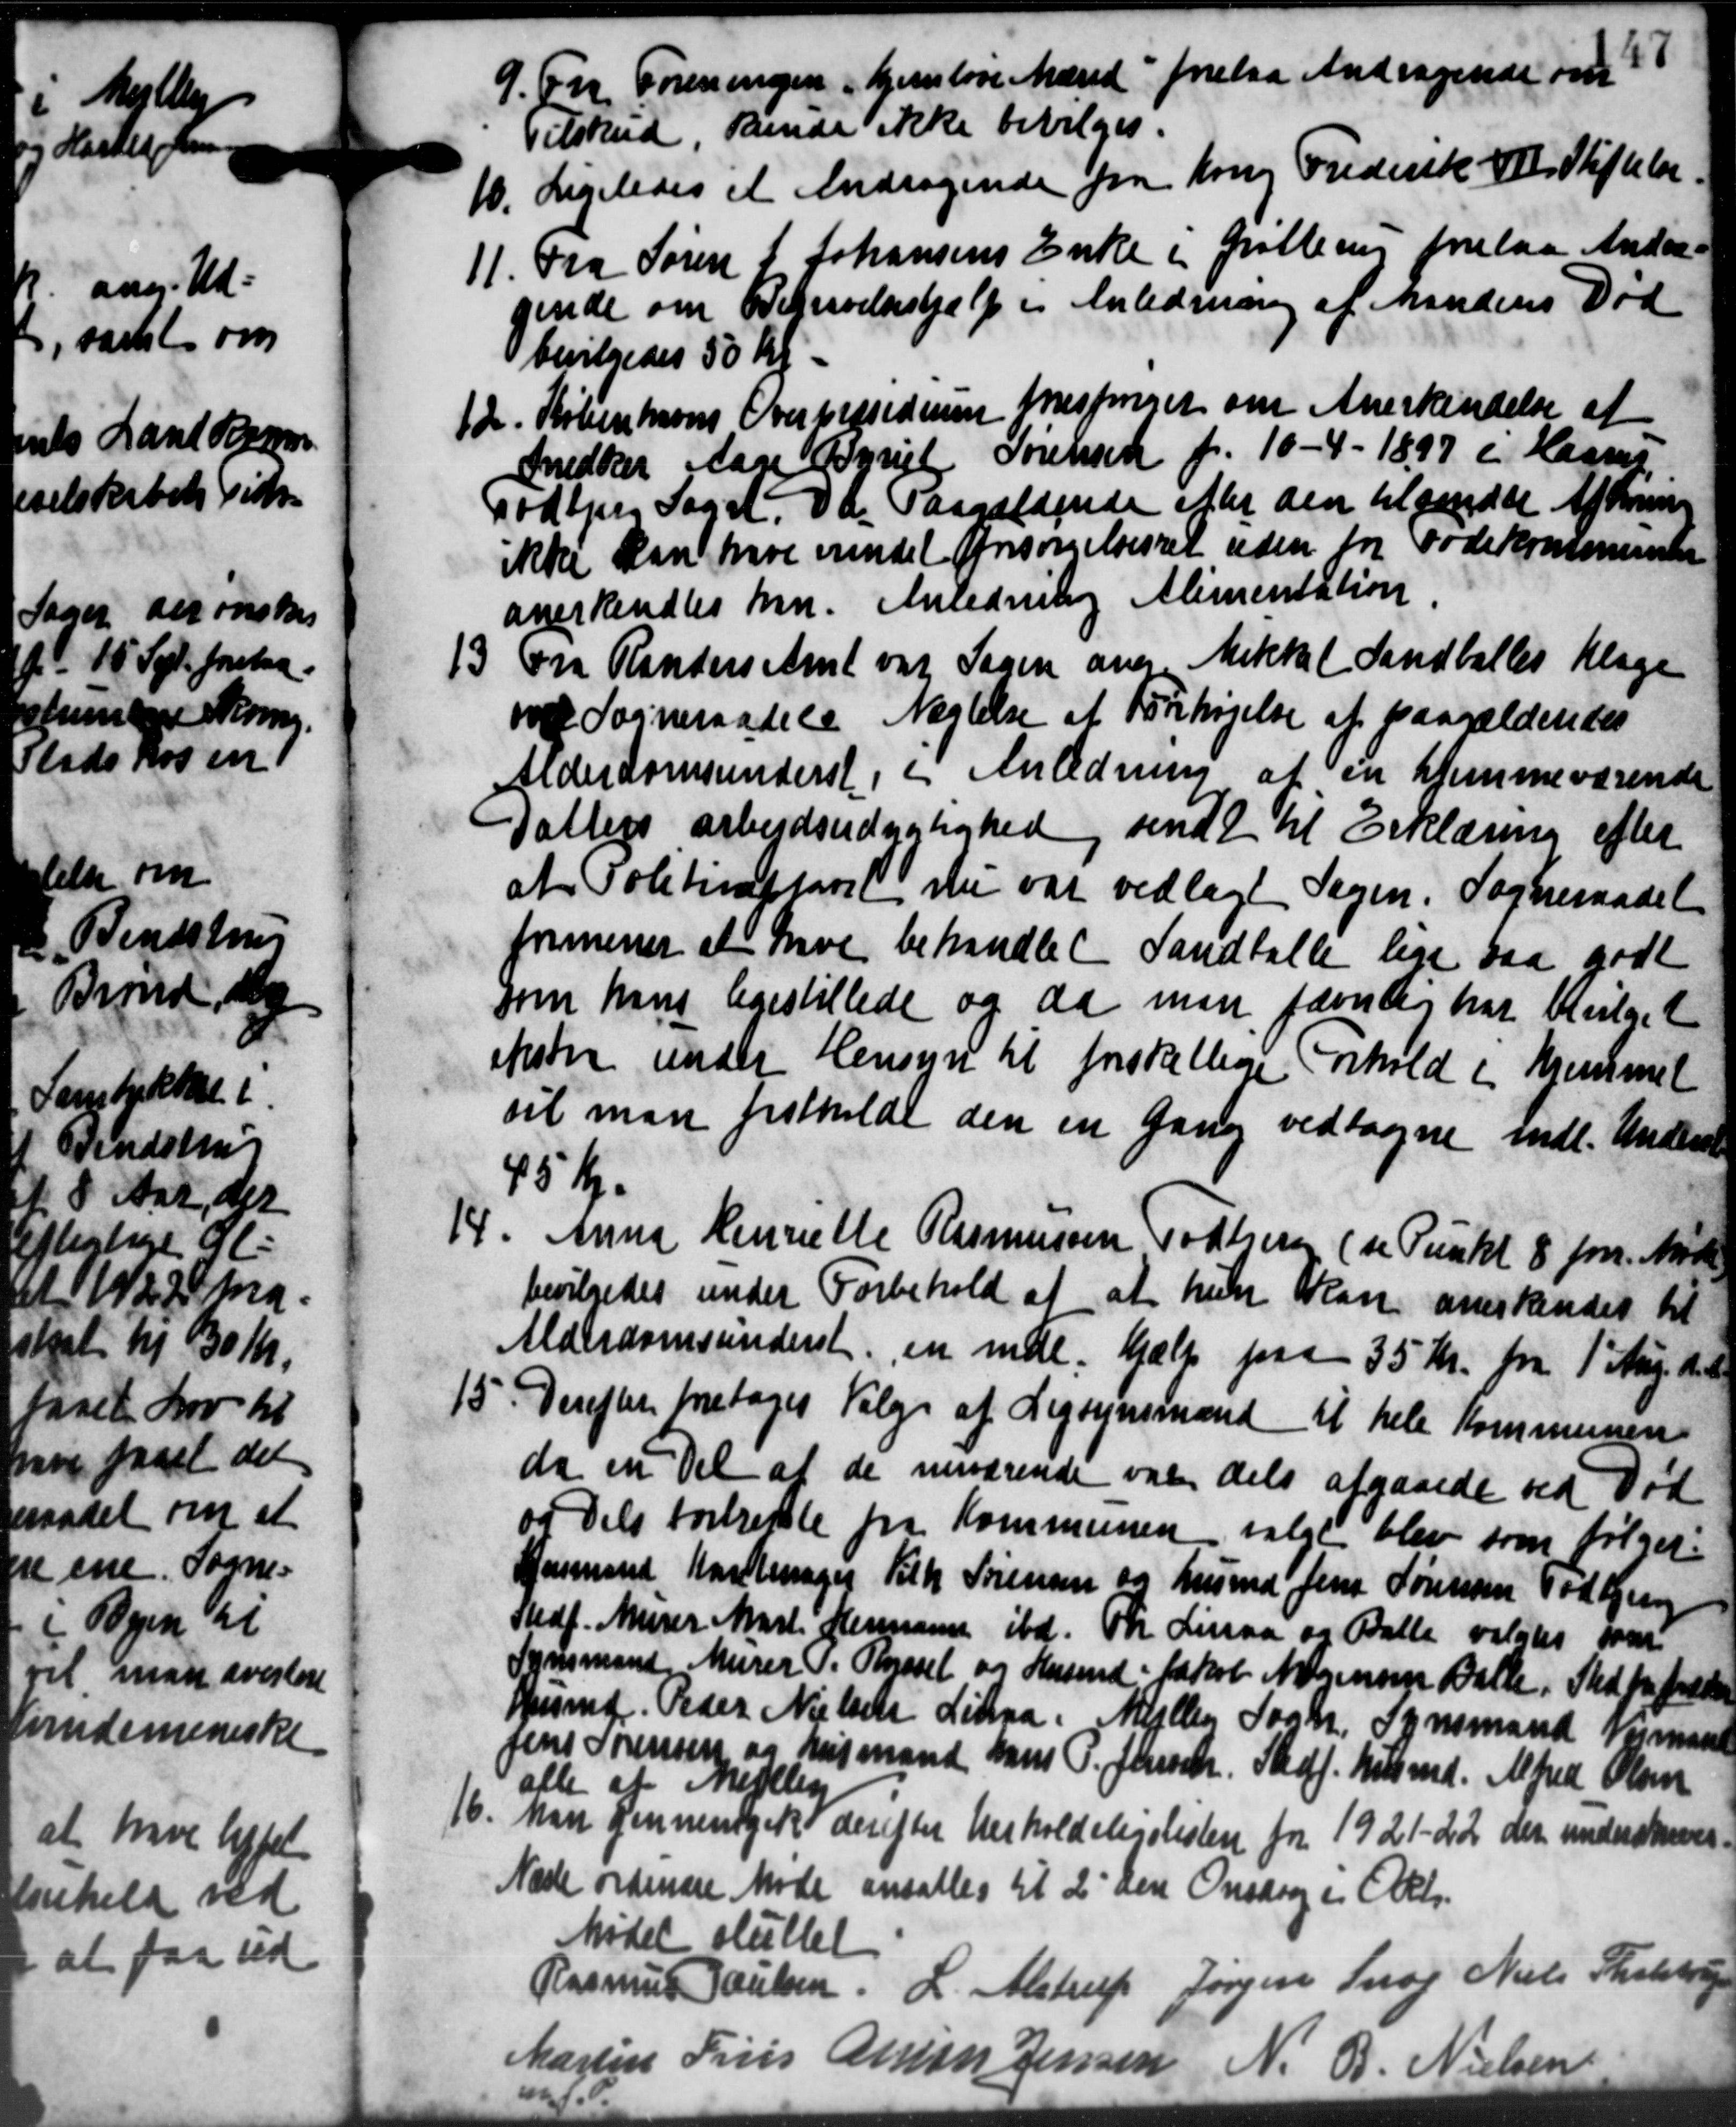
Transskription:
"

9. Fra Foreningen hjemløse Mænd forelaa Andragende om
9. Fra Foreningen hjemløse Mænd forelaa Andragende om
Tilskud, kende ikke bevilges.
10. Ligeledes et Andragende fra Kong Frederik Vils Stiftelse
10. Ligeledes et Andragende fra Kong Frederik Vils Stiftelse
11. Fra Søren L Johansens Enke i Grøllerup forelaa Andra-
11. Fra Søren L Johansens Enke i Grøllerup forelaa Andra-
gende om Bekrivelseshjælp i Anledning af Mandens Død
bevilgedes 50 kr.
12. Københavns Overbegsidensen tespørget om Anerkendelse af
12. Københavns Overbegsidensen tespørget om Anerkendelse af
Snedker Aage Dyriel Forensen pr. 10 - 4 - 1897 i Haarup,
Todbjerg Soget. Da Paagældende efter den tilsendte Afdr
ikke kan have erindet forsørgelsesret uden for Fødekommunen
anerkendtes han Anledning Alimentation
13
Fra Randers Amt var Sagen ang. Mikkel Landballes Klage
v Sogneraadets Nægtelse af Forhøjelse af paagældendes
Alderdomsunderst, i Anledning af en hjemmeværende
Datters arbejdsudsigtighed, sendt til Erklæring efter
at Politimplaret nu var vedlagt Sagen. Sogneraadet
formener at have behandlet Sandballe lige saa godt
som hans legestillede og da man jævnlig har bevilget
ikster under Hensyn til forskellige Forhold i hjemmet
vil man fastholde den en Gang vedtagne indl. Underst
45 Kr.
4. Anna Henriette Rasmussen Todbjerg (se Punkt 8 for. Møde
4. Anna Henriette Rasmussen Todbjerg (se Punkt 8 for. Møde
bevilgedes under Forbehold af at hun kan anerkendes til
Alderdomsunderst en indl. hjælp paa 35 Kr. fra 1' Aug. d. A
15. Derefter foretoges Valg af Ligsynsmænd til hele Kommunen
15. Derefter foretoges Valg af Ligsynsmænd til hele Kommunen
da en Del af de nuværende var dels afgaaede ved Død
og Dels fortrætte fra Kommunen valgt blev som følger:
Husmand Karllinger Kilh. Sørensen og husmd Jens Sørensen Todbjerg
Stedf. Murer Mart Hermann ibd. Th. Linaa og Balle valgtes som
Synsmand Murer P. Olssel og Husmd Jakob Mogensen Balle, Sted for Freder
Husmd Peder Nielsen Linaa Mejlby Sogn, Synsmand Vejmand
Jens Sørensen og husmand Hans P. Jensen. Stedf. Helsmd. Alfred Olsen
alle af Mejlby
16. Man gennemgik derefter henholdeligslisten for 1921-22 der underskreves.
16. Man gennemgik derefter henholdeligslisten for 1921-22 der underskreves.
Næste ordinære Møde ansattes til 2 den Onsdag i Okt.
Mødet sluttet
Rasmus Poulsen L. Alstrup Jørgen Snog Niels Tholstrup
Martin Friis Anton Jensen N. B. Nielsen